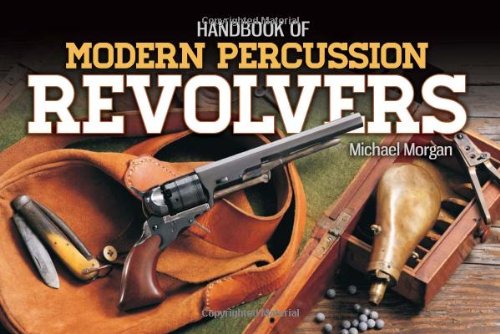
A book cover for Handbook of Modern Percussion Revolvers; Michael Morgan; Crafts, Hobbies & Home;